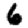
Digit: 6